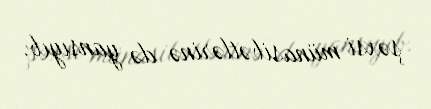
şəxsi münasibətlərinə də yansıyıb.